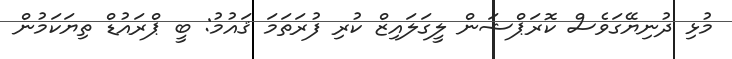
މުޅި ދުނިޔޭގަވެސް ކޮރަޕްޝަން ލީގަލައިޒް ކުރި ފުރަތަމަ ޤައުމު: ބީ ޕްރައުޑް ތިޔަކަމުން